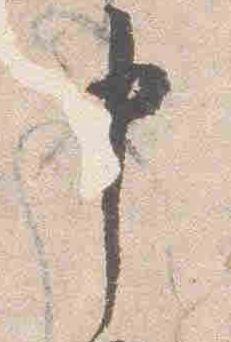
申